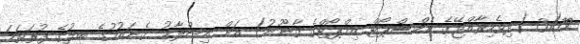
31/79 (ދިވެހިރާއްޖޭގެ އެކްސްޕޯޓް އިމްޕޯޓްގެ ޤާނޫނު) އަށް އިޞްލާޙު ގެނައުމުގެ ބިލުގެ ފުރަތަމަ